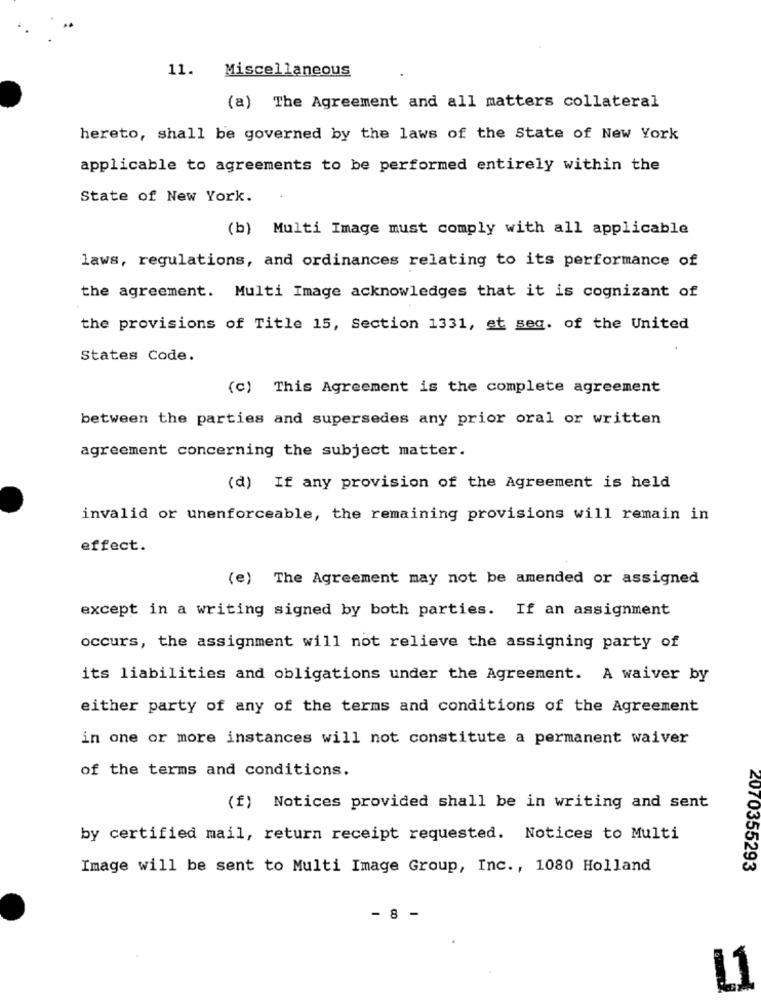
11. Miscellaneous
(a) The Agreement and all matters collateral
hereto, shall be governed by the laws of the State of New York
applicable to agreements to be performed entirely within the
State of New York.
(b) Multi Image must comply with all applicable
laws, regulations, and ordinances relating to its performance of
the agreement. Multi Image acknowledges that it is cognizant of
the provisions of Title 15, Section 1331, et seq. of the United
States Code.
(c) This Agreement is the complete agreement
between the parties and supersedes any prior oral or written
agreement concerning the subject matter.
(d) If any provision of the Agreement is held
invalid or unenforceable, the remaining provisions will remain in
effect.
(e) The Agreement may not be amended or assigned
except in a writing signed by both parties. If an assignment
occurs, the assignment will not relieve the assigning party of
its liabilities and obligations under the Agreement. A waiver by
either party of any of the terms and conditions of the Agreement
in one or more instances will not constitute a permanent waiver
of the terms and conditions.
(f) Notices provided shall be in writing and sent
by certified mail, return receipt requested. Notices to Multi
Image will be sent to Multi Image Group, Inc ., 1080 Holland
2070355293
- 8 -
L1